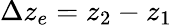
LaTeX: \Delta z_{e}=z_{2}-z_{1}